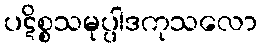
ပဋိစ္စသမုပ္ပါဒကုသလော